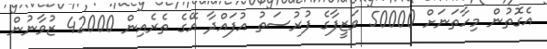
އެގޮތުން މިހާތަނަށް 50000 ވަޒީފާގެ ފުރުސަތު އުފައްދާ އޭގެ ތެރެއިން 42000 ޒުވާނުން